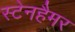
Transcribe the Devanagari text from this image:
स्टेनहैमर